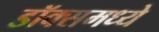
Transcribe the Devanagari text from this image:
डॉक्समध्ये